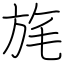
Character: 旄